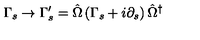
\Gamma _ { s } \rightarrow \Gamma _ { s } ^ { \prime } = \hat { \Omega } \left( \Gamma _ { s } + i \partial _ { s } \right) \hat { \Omega } ^ { \dagger }